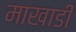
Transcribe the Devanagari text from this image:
माखाडी